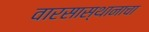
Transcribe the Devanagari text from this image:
वारसास्थानाचा